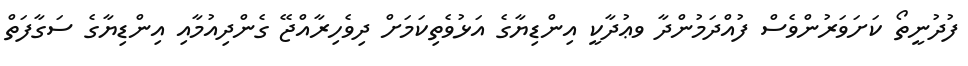
ފުދުނީތޯ ކަށަވަރުންވެސް ފުއްދަމުންދާ ވޢުދާކީ އިންޑިޔާގެ އަޅުވެތިކަމަށް ދިވެހިރާއްޖޭ ގެންދިއުމާއި އިންޑިޔާގެ ސަގާފަތް